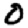
Digit: 0